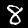
Label: 8